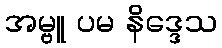
အမ္ဗူ ပမ နိဒ္ဒေသ